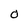
Character: O